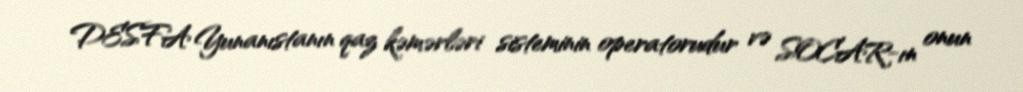
DESFA Yunanıstanın qaz kəmərləri sisteminin operatorudur və SOCAR-ın onun